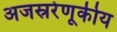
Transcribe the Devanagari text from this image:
अजस्ररेणूकीय